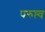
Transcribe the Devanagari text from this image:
परुष्त्व